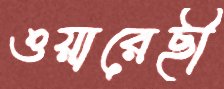
ওয়ারেছী